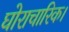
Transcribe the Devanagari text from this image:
घोराचारिक।